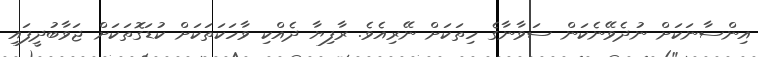
އިންސާނަކަށް ނުދެވޭނެކަން ސަވާނާގެ ހިތަކަށް ނޭރިއެވެ. ރާފިޔާ ދެއްކި ވާހަކަތަކަށް ކުޑަގޮތަކަށް ޖަވާބުދީފައި